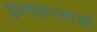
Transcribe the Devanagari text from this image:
इश्तहारवाजों